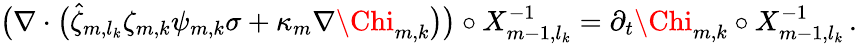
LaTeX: \begin{array}{r}{\bigl(\nabla\cdot\bigl(\hat{\zeta}_{m,l_{k}}\zeta_{m,k}{\psi}_{m,k}\sigma+\kappa_{m}\nabla{\Chi}_{m,k}\bigr)\bigr)\circ X_{m-1,l_{k}}^{-1}=\partial_{t}{\Chi}_{m,k}\circ X_{m-1,l_{k}}^{-1}\, .}\end{array}